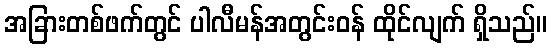
အခြားတစ်ဖက်တွင် ပါလီမန်အတွင်းဝန် ထိုင်လျက် ရှိသည်။